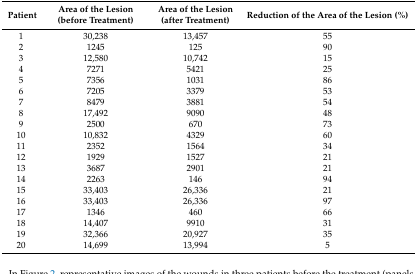
| Patient | Area of the Lesion (before Treatment) | Area of the Lesion (after Treatment) | Reduction of the Area of the Lesion (%) |
 | --- | --- | --- | --- |
 | 1 | 30,238 | 13,457 | 55 |
 | 2 | 1245 | 125 | 90 |
 | 3 | 12,580 | 10,742 | 15 |
 | 4 | 7271 | 5421 | 25 |
 | 5 | 7356 | 1031 | 86 |
 | 6 | 7205 | 3379 | 53 |
 | 7 | 8479 | 3881 | 54 |
 | 8 | 17,492 | 9090 | 48 |
 | 9 | 2500 | 670 | 73 |
 | 10 | 10,832 | 4329 | 60 |
 | 11 | 2352 | 1564 | 34 |
 | 12 | 1929 | 1527 | 21 |
 | 13 | 3687 | 2901 | 21 |
 | 14 | 2263 | 146 | 94 |
 | 15 | 33,403 | 26,336 | 21 |
 | 16 | 33,403 | 26,336 | 97 |
 | 17 | 1346 | 460 | 66 |
 | 18 | 14,407 | 9910 | 31 |
 | 19 | 32,366 | 20,927 | 35 |
 | 20 | 14,699 | 13,994 | 5 |